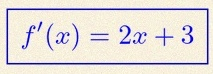
f'(x)=2x+3